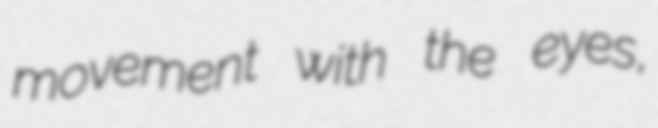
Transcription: movement with the eyes,